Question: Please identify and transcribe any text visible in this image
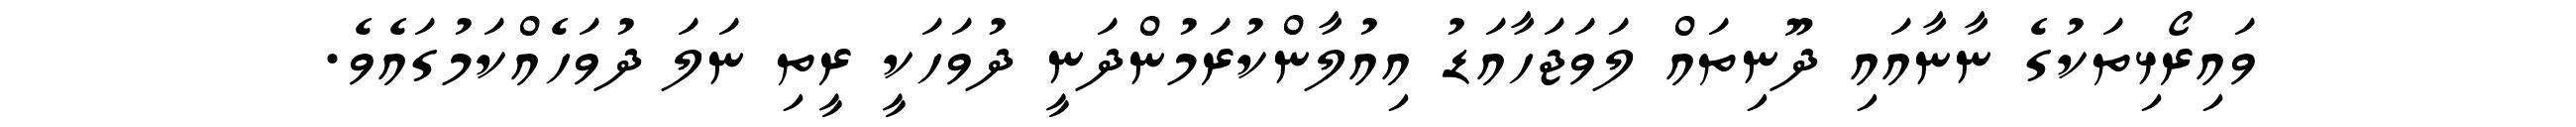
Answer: ވައިރޯޅިތަކުގެ ނާނާއައި ދޫނިތައް ލަވަޖަހާއަޑު އިއުލާންކުރަމުންދަނީ ދުވަހަކީ ރީތި ނަލަ ދުވަހެއްކަމުގައެވެ.